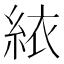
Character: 𬗑